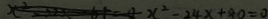
x ^ { 2 } - 2 4 x + 8 0 = 0